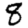
Digit: 8